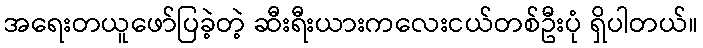
အရေးတယူဖော်ပြခဲ့တဲ့ ဆီးရီးယားကလေးငယ်တစ်ဦးပုံ ရှိပါတယ်။